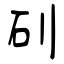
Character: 矵